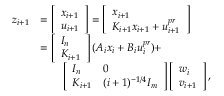
\begin{array} { r l } { z _ { i + 1 } } & { = \left[ \begin{array} { l } { x _ { i + 1 } } \\ { u _ { i + 1 } } \end{array} \right] = \left[ \begin{array} { l } { x _ { i + 1 } } \\ { K _ { i + 1 } x _ { i + 1 } + u _ { i + 1 } ^ { p r } } \end{array} \right] } \\ & { = \left[ \begin{array} { l } { I _ { n } } \\ { K _ { i + 1 } } \end{array} \right] ( A _ { i } x _ { i } + B _ { i } u _ { i } ^ { p r } ) + } \\ & { \qquad \left[ \begin{array} { l l } { I _ { n } } & { 0 } \\ { K _ { i + 1 } } & { ( i + 1 ) ^ { - 1 / 4 } I _ { m } } \end{array} \right] \left[ \begin{array} { l } { w _ { i } } \\ { v _ { i + 1 } } \end{array} \right] , } \end{array}